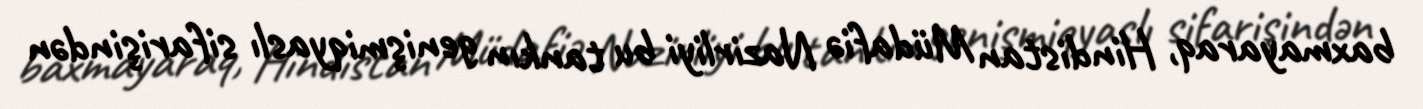
baxmayaraq, Hindistan Müdafiə Nazirliyi bu tankın genişmiqyaslı sifarişindən